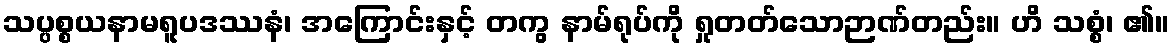
သပ္ပစ္စယနာမရူပဒဿနံ၊ အကြောင်းနှင့် တကွ နာမ်ရုပ်ကို ရှုတတ်သောဉာဏ်တည်း။ ဟိ သစ္စံ၊ ၏။